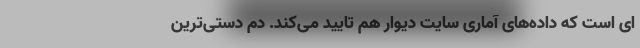
ای است که داده‌های آماری سایت دیوار هم تایید می‌کند. دم دستی‌ترین